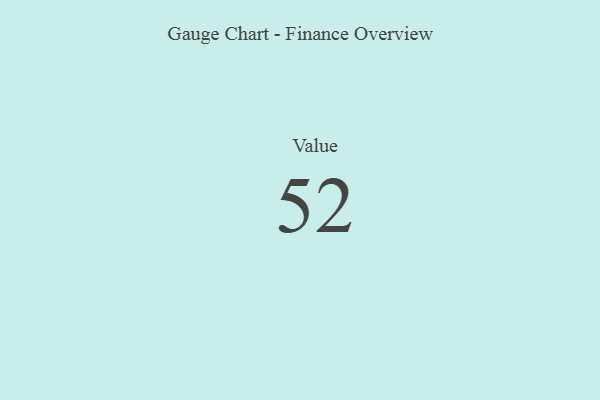
{"axis": {"x": "Metric", "y": "Value"}, "legend": [""], "data": [{"x": "Value", "y": 52, "type": ""}]}